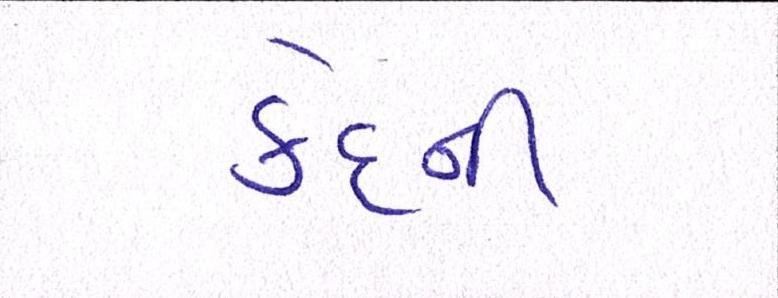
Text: કેદની